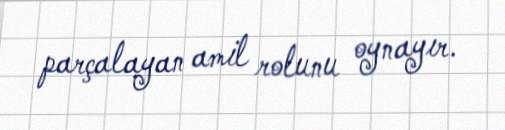
parçalayan amil rolunu oynayır.